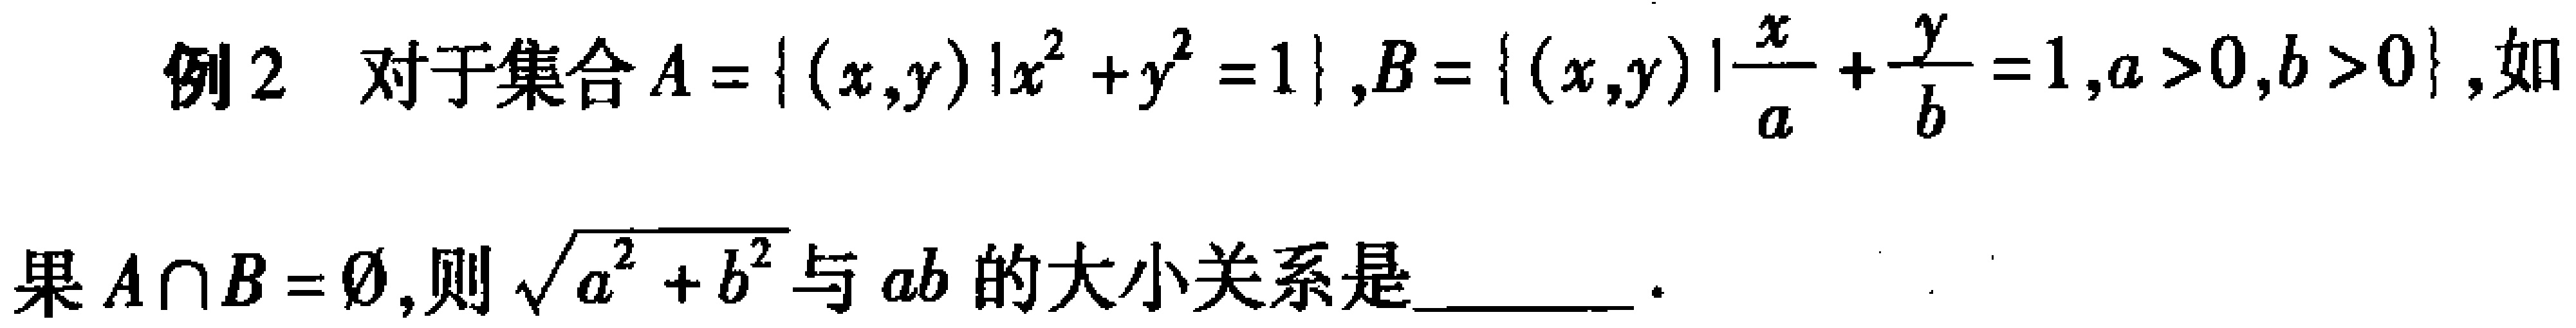
例2 对于集合$A = \{ (x,y) | x^{2}+y^{2}=1\},B = \{ (x,y) | \frac{x}{a}+\frac{y}{b}=1,a > 0,b > 0\}$,如
果$A\cap B = \varnothing$,则$\sqrt{a^{2}+b^{2}}$与$ab$的大小关系是  .